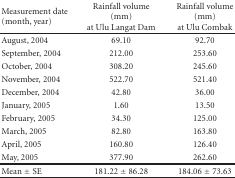
<table><thead><tr><td><b>Measurement date (month, year)</b></td><td><b>Rainfall volume(mm)at Ulu Langat Dam</b></td><td><b>Rainfall volume(mm)at Ulu Combak</b></td></tr></thead><tbody><tr><td>August, 2004</td><td>69.10</td><td>92.70</td></tr><tr><td>September, 2004</td><td>212.00</td><td>253.60</td></tr><tr><td>October, 2004</td><td>308.20</td><td>245.60</td></tr><tr><td>November, 2004</td><td>522.70</td><td>521.40</td></tr><tr><td>December, 2004</td><td>42.80</td><td>36.00</td></tr><tr><td>January, 2005</td><td>1.60</td><td>13.50</td></tr><tr><td>February, 2005</td><td>34.30</td><td>125.00</td></tr><tr><td>March, 2005</td><td>82.80</td><td>163.80</td></tr><tr><td>April, 2005</td><td>160.80</td><td>126.40</td></tr><tr><td>May, 2005</td><td>377.90</td><td>262.60</td></tr><tr><td>Mean ± SE</td><td>181.22 ± 86.28</td><td>184.06 ± 73.63</td></tr></tbody></table>